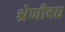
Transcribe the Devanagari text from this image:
श्रेणीबद्य